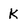
Character: k